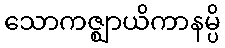
သောကဇ္ဈာယိကာနမ္ပိ